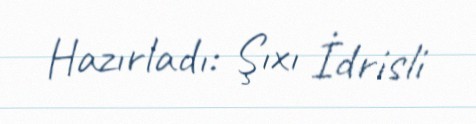
Hazırladı: Şıxı İdrisli